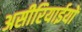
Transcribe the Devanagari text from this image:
असीरियाईयों